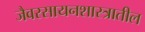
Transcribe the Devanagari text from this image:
जैवरसायनशास्त्रातील